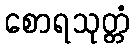
စောရသုတ္တံ